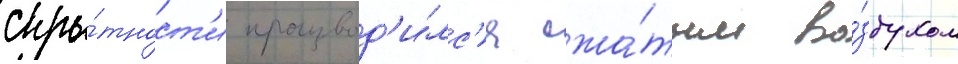
скры́тност'и производ'и́лс'я сжа́тым во́здухом